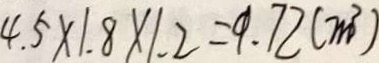
4 . 5 \times 1 . 8 \times 1 . 2 = 9 . 7 2 ( m ^ { 3 } )